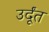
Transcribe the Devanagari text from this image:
उर्दूंत